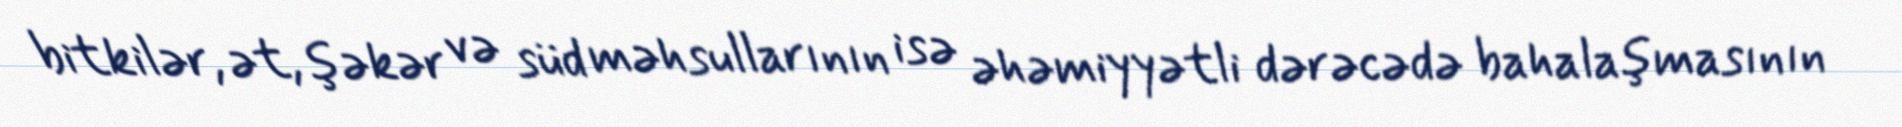
bitkilər, ət, şəkər və süd məhsullarının isə əhəmiyyətli dərəcədə bahalaşmasının